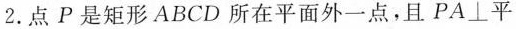
2. 点 P 是矩形 A B C D 所在平面外一点，且 PA \bot 平